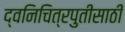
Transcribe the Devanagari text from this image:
द्वनिचित्रपुतीसाठी